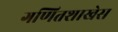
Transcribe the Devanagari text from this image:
गणितशाखेस